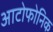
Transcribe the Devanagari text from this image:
आटोफोनिक